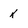
Character: k